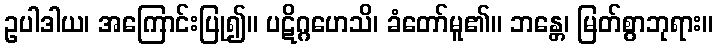
ဥပါဒါယ၊ အကြောင်းပြု၍။ ပဋိဂ္ဂဟေသိ၊ ခံတော်မူ၏။ ဘန္တေ၊ မြတ်စွာဘုရား။